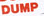
DUMP